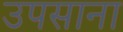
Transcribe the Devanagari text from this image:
उपसाना